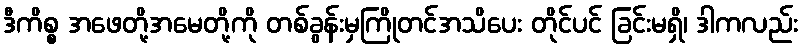
ဒီကိစ္စ အဖေတို့အမေတို့ကို တစ်ခွန်းမှကြိုတင်အသိပေး တိုင်ပင် ခြင်းမရှိ၊ ဒါကလည်း